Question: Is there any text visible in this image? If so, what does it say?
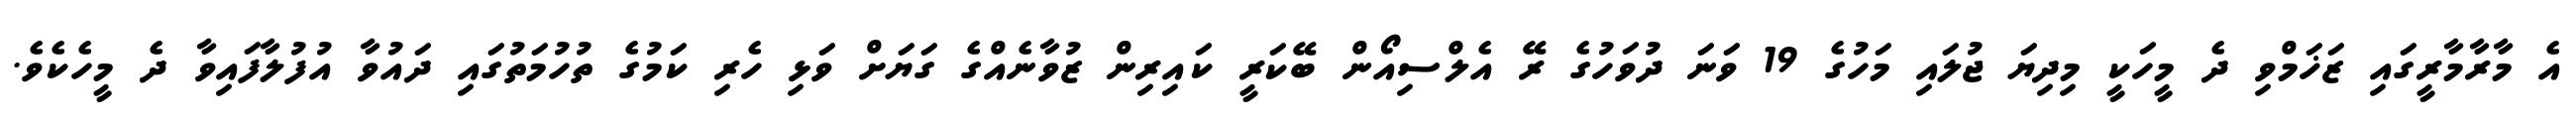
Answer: އެ މާރާމާރީގައި ޒަޚަމްވި ދެ މީހަކީ މިދިޔަ ޖުލައި މަހުގެ 19 ވަނަ ދުވަހުގެ ރޭ އެލްސިއޯން ބޭކަރީ ކައިރިން ޒުވާނެއްގެ ގަޔަށް ވަޅި ހެރި ކަމުގެ ތުހުމަތުގައި ދައުވާ އުފުލާފައިވާ ދެ މީހެކެވެ.